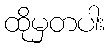
ထိုမှတပါး